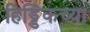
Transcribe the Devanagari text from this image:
हिड्डिंकच्या